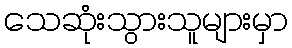
သေဆုံးသွားသူများမှာ